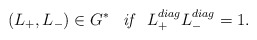
\begin{align*}(L_{+},L_{-})\in G^{*}\;\;\;\mbox{\it{if}} \;\;\; L_{+}^{diag}L_{-}^{diag}=1.\end{align*}